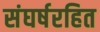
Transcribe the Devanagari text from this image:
संघर्षरहित